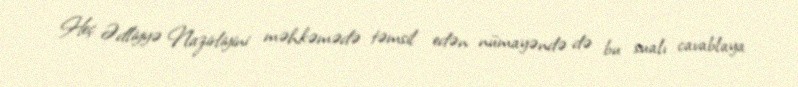
Heç Ədliyyə Nazirliyini məhkəmədə təmsil edən nümayəndə də bu sualı cavablaya